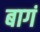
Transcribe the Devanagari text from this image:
बागं